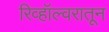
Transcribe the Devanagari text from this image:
रिव्हॉल्वरातून